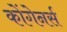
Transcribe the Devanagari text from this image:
कोंगेनर्स